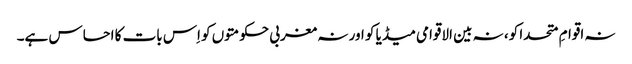
نہ اقوامِ متحدا کو، نہ بین الاقوامی میڈیا کو اور نہ مغربی حکومتوں کو اِس بات کا احساس ہے۔